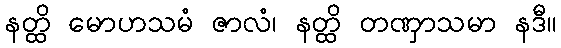
နတ္ထိ မောဟသမံ ဇာလံ၊ နတ္ထိ တဏှာသမာ နဒီ။